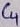
Text: C4